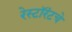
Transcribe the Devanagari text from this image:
रेस्टॉरंटचे